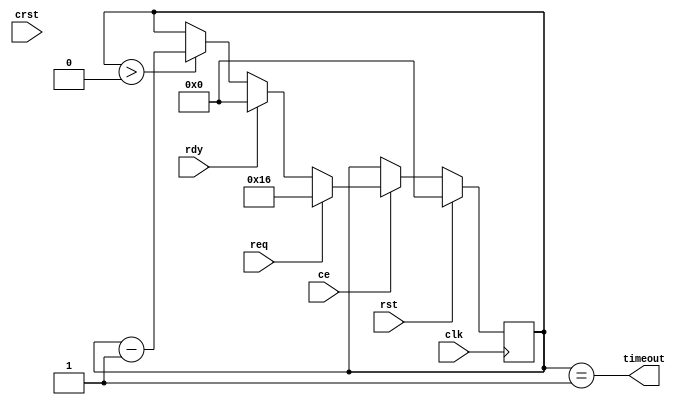
/* ===============================================================
	(C) 2005  Robert Finch
	All rights reserved.
	rob@birdcomputer.ca

	busTimeoutCtr.v
		Generates a timeout signal if the bus hasn't responded
	within a preset period.


	This source code is free for use and modification for
	non-commercial or evaluation purposes, provided this
	copyright statement and disclaimer remains present in
	the file.

	If you do modify the code, please state the origin and
	note that you have modified the code.

	NO WARRANTY.
	THIS Work, IS PROVIDEDED "AS IS" WITH NO WARRANTIES OF
	ANY KIND, WHETHER EXPRESS OR IMPLIED. The user must assume
	the entire risk of using the Work.

	IN NO EVENT SHALL THE AUTHOR OR CONTRIBUTORS BE LIABLE FOR
	ANY INCIDENTAL, CONSEQUENTIAL, OR PUNITIVE DAMAGES
	WHATSOEVER RELATING TO THE USE OF THIS WORK, OR YOUR
	RELATIONSHIP WITH THE AUTHOR.

	IN ADDITION, IN NO EVENT DOES THE AUTHOR AUTHORIZE YOU
	TO USE THE WORK IN APPLICATIONS OR SYSTEMS WHERE THE
	WORK'S FAILURE TO PERFORM CAN REASONABLY BE EXPECTED
	TO RESULT IN A SIGNIFICANT PHYSICAL INJURY, OR IN LOSS
	OF LIFE. ANY SUCH USE BY YOU IS ENTIRELY AT YOUR OWN RISK,
	AND YOU AGREE TO HOLD THE AUTHOR AND CONTRIBUTORS HARMLESS
	FROM ANY CLAIMS OR LOSSES RELATING TO SUCH UNAUTHORIZED
	USE.


		The default reset state is to request the bus.
		This little circuit asserts the br line to an external
	bus when req pulses high (for a clock cycle or more) and
	removes the br signal if there is no pending req, once a
	bg has been given.
	
	br goes high as soon as req goes high, but then remains
	high even if req is removed.
	br goes low as soon as bg goes high UNLESS there is also
	a req present, in which case it stays high.

	br	= the signal to the external bus that a request is
		  present
	bg	= the signal from the external bus that the bus has
	      been granted
	req	= signal provided by the master to indicate that it
		  needs the bus. The master should monitor the bg
		  signal to know when it has control of the bus.
	rdy = input indicating that the bus transaction is
	      complete
	timeout = flag indicating that the request has timed out.
	      Pulses high for one cycle.

	9LUTs / 8 slices
=============================================================== */

module busTimeoutCtr(
	input rst,		// reset
	input crst,		// critical reset
	input clk,		// system clock
	input ce,		// core clock enable
	input req,		// request bus
	input rdy,		// data ready input
	output timeout	// timeout
);
	parameter pTimeout = 20;		// max 61

	reg [5:0] btc;	// bus timeout counter

	always @(posedge clk)
		if (rst)
			btc <= 0;
		else if (ce) begin
			if (req)
				btc <= pTimeout+2;
			else if (rdy)
				btc <= 0;
			else if (btc > 0)
				btc <= btc - 1;
		end

	assign timeout = btc==6'd1;

endmodule